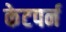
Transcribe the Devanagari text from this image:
केटपर्न